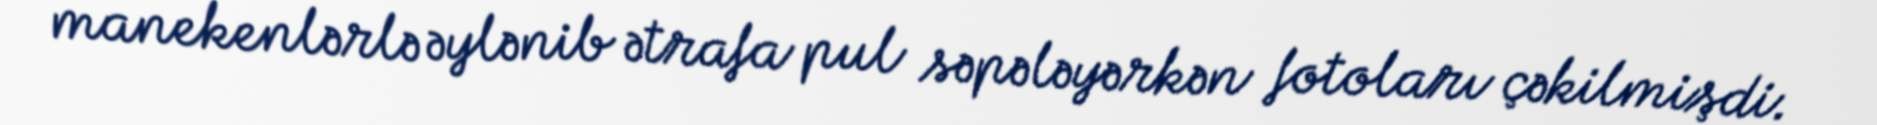
manekenlərlə əylənib ətrafa pul səpələyərkən fotoları çəkilmişdi.